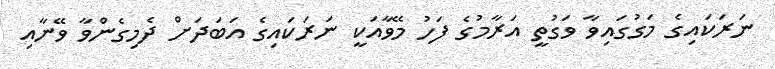
ނަރަކައިގެ މަގުގައިވާ ވަގުތީ އަރާމުގެ ފަހު މޭވާއަކީ ނަރަކައިގެ އަބަދަށް ދެމިގެންވާ ވޭނާއި